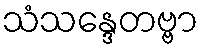
သံသန္ဒေတဗ္ဗာ